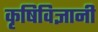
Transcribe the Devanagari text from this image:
कृषिविज्ञानी